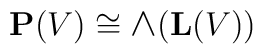
{\bf P}(V) \cong {\mbox{\large $\land$}}({\bf L}(V))